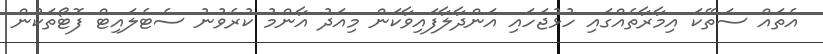
އެތައް ސަތޭކަ އިމާރާތެއްގައި ހުޅުޖަހައި އަންދާލާފައިވާކަން މިއަދު އާންމު ކުރެވުނު ސެޓެލައިޓް ފޮޓޯތަކުން